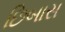
છિબાસ